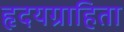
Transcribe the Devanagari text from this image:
हृदयग्राहिता